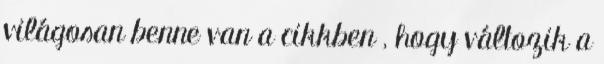
világosan benne van a cikkben , hogy változik a